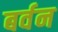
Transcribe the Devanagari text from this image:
बर्वन